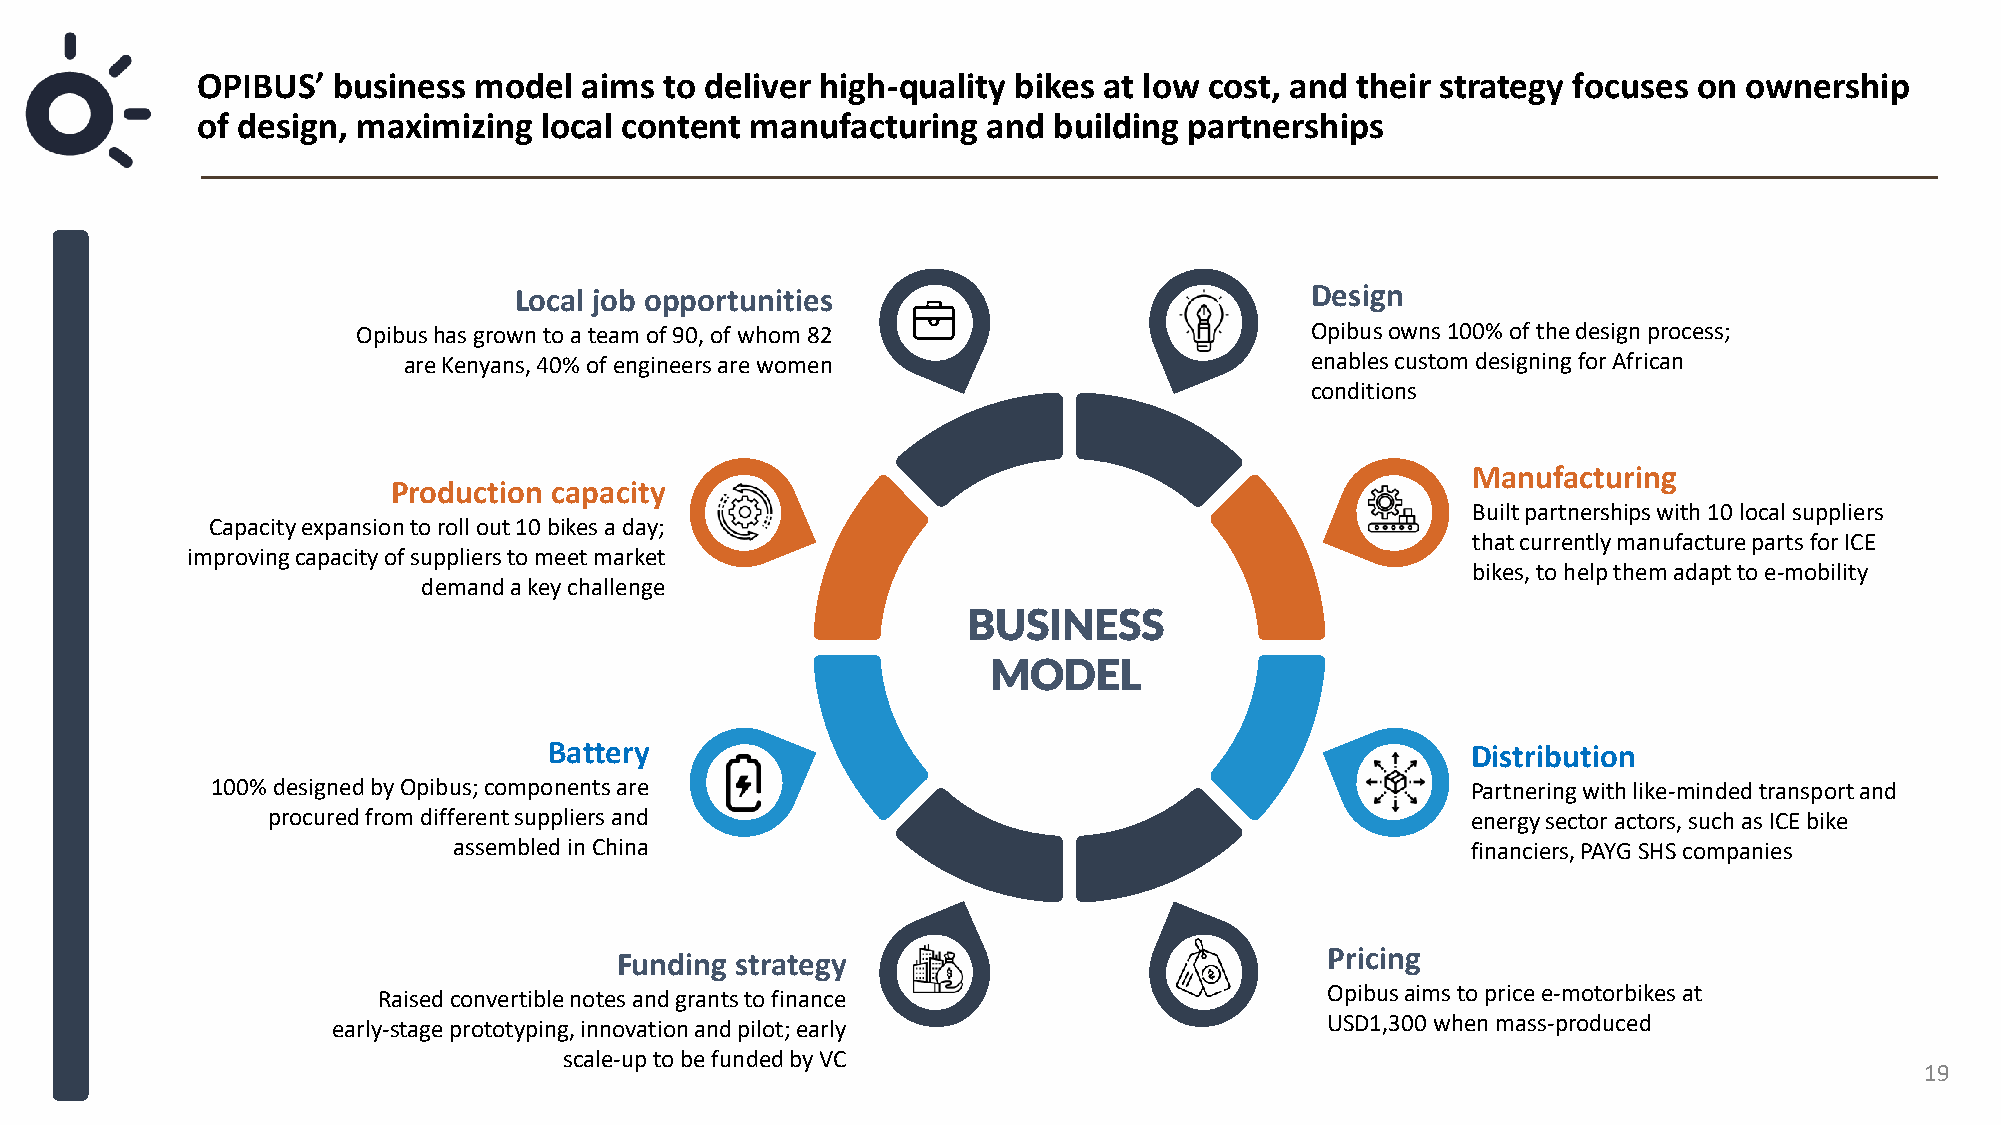
OPIBUS’  business model  aims  to deliver high-quality bikes at low cost, and their strategy focuses on ownership
 of design, maximizing  local content manufacturing  and  building partnerships
 Local job opportunities                              Design
 Opibushas grown to a team of 90, of whom 82                    Opibusowns 100% of the design process;
 are Kenyans, 40% of engineers are women                     enables custom designing for African
 conditions
 Manufacturing
 Production capacity
 Built partnerships with 10 local suppliers
 Capacity expansion to roll out 10 bikes a day;
 that currently manufacture parts for ICE
 improving capacity of suppliers to meet market
 bikes, to help them adapt to e-mobility
 demand a key challenge
 BUSINESS
 MODEL
 Battery                                                      Distribution
 100% designed by Opibus; components are                                            Partnering with like-minded transport and
 procured from different suppliers and                                          energy sector actors, such as ICE bike
 assembled in China                                                 financiers, PAYG SHS companies
 Funding strategy                               Pricing
 Raised convertible notes and grants to finance                 Opibusaims to price e-motorbikes at
 early-stage prototyping, innovation and pilot; early              USD1,300 when mass-produced
 scale-up to be funded by VC
 19